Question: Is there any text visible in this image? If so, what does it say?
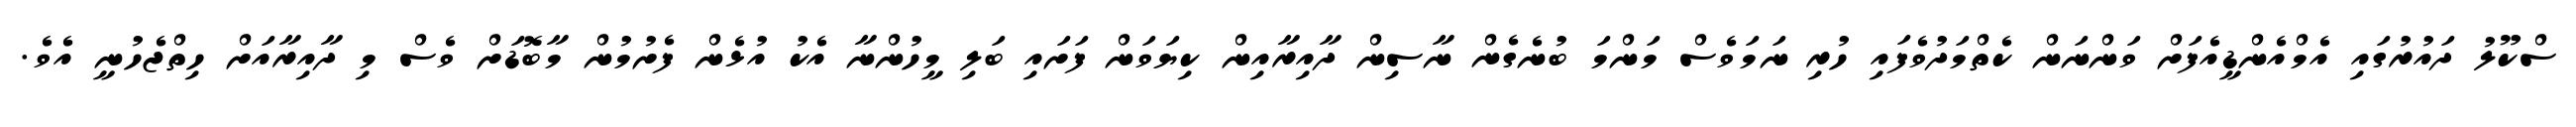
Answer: ސްކޫލު ދައުރުގައި އެމްއެންޑީއެފަށް ވަންނަން ކެތްމަދުވެފައި ހުރި ނަމަވެސް މަންމަ ބުނެގެން ނާސިން ދާއިރާއިން ކިޔަވަން ފަށައި ބަލި މީހުންނާ އެކު އުޅެން ފެށުމުން މާބޮޑަށް ވެސް މި ދާއިރާއަށް ހިތްޖެހުނީ އެވެ.